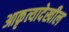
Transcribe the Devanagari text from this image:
आकृत्यादेखील